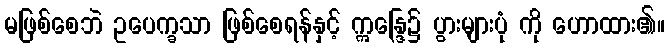
မဖြစ်စေဘဲ ဥပေက္ခသာ ဖြစ်စေရန်နှင့် ဣန္ဒြေ၌ ပွားများပုံ ကို ဟောထား၏။